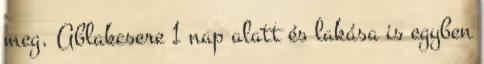
meg. Ablakcsere 1 nap alatt és lakása is egyben